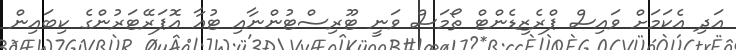
އަދި އެކަމަށް ވައިސް ޕްރެޒިޑެންޓް ތޯމަސް ވަނީ ޓޫރިސްޓުންނާއި ޓުއާ އޮޕަރޭޓަރުންގެ ކިބައިން